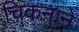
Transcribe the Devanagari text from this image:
चिकनाने